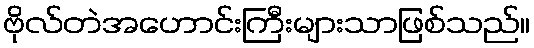
ဗိုလ်တဲအဟောင်းကြီးများသာဖြစ်သည်။